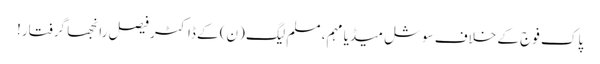
پاک فوج کے خلاف سوشل میڈیا مہم، مسلم لیگ (ن) کے ڈاکٹر فیصل رانجھا گرفتار!